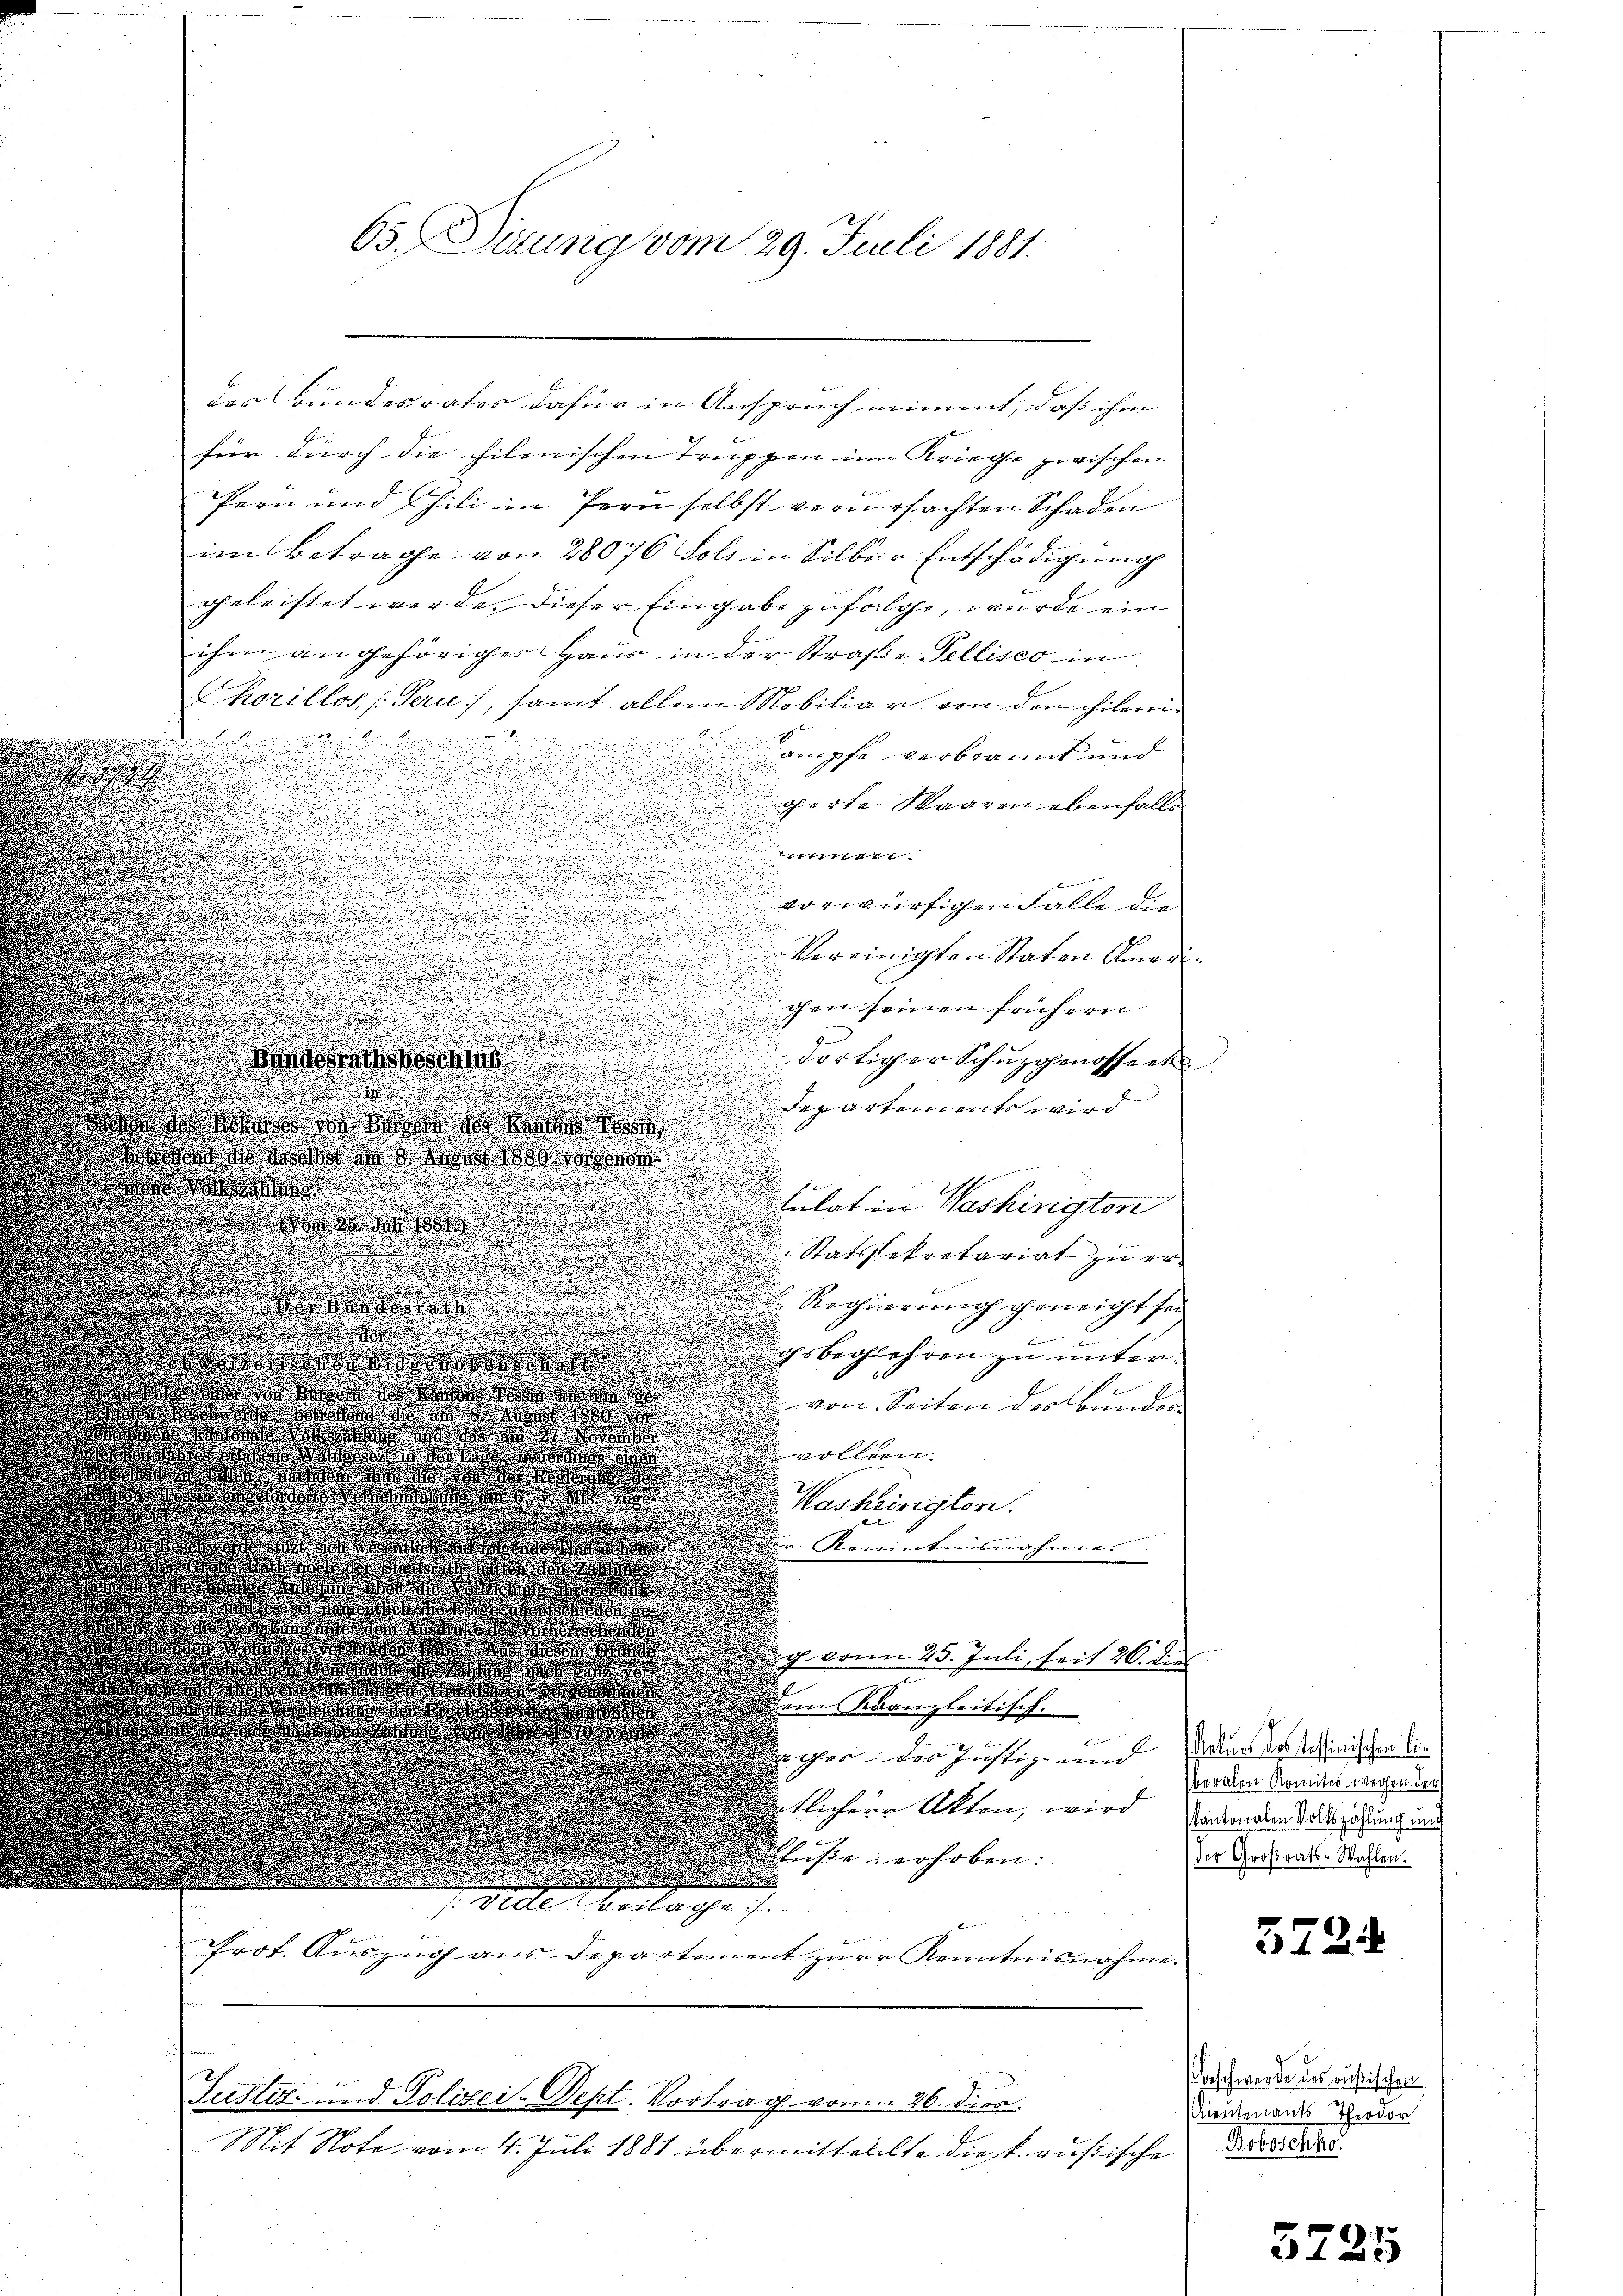
65. Dirung vom 29. Juli 1881.

des Bundesrates dafür in Anspruch nimmt, daß ihm
für durch die philonischen Truppen im Kriege zwischen
fern und Fili in Tern selbst verursachten Schaden
im Betrage von 28076 Fels in Silber Entschädigung
geleistet werde. Dieser Eingabe zufolge, wurde ein
ihm an gehöriger Haus in der Straße Felliseo in
Chorillos, Peri), samt allein Mobiliar von den chileni¬

ampfe verbrannt und
d
charte Waaren ebenfalls
er
.
.

.
.
vorwürfigen Falle die
u

.

u
n
¬
Vereinigten Staten Ameri

e

ten seinen frühere

.

.
dortiger Schuzgenosse et
srathsbeschie
.

Departemente wird

 der den so
n
.
lde der das Wort
c
.
h

stulat in Washington

a
u

e
d
e

Statssekretariat zu er¬

s
.
.

Regierung geneicht sei
e
.

u

e
e

u
.
gsbegehren zu unter¬

de den so war den
von Seiten des Bunder

  doch e
xx

Washinigten.
Rammtausnahmen
g. vom 25. Juli, seit 26. die
dein kranzleitisch.
6
oher der Justiz- und allen der Schinischen Citlichen Akten, wird sichenden Vollszahlung und
buße verhoben:

Prot. Auszug aus Departiment zur Kenntnisnahme

Justiz- und Polizei-Sept. Vortrag vom 26. diea.
Mit Note vom 4. Juli 1881 übermitteilte die k. russische

beralen Romites wegen der
der Großrats-Wahlen.

5724

Beschwerde des Rußischen
Mientenants Theodor
Bobeschlo

5725